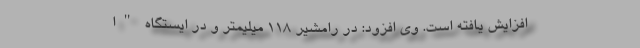
افزایش یافته است. وی افزود: در رامشیر ۱۱۸ میلیمتر و در ایستگاه "ا